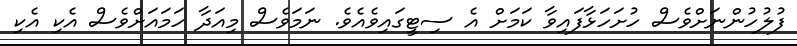
ފުލުހުންނަށްވެސް ހުށަހަޅާފައިވާ ކަމަށް އެ ސިޓީގައިވެއެވެ. ނަމަވެސް މިއަދާ ހަމައަށްވެސް އެކި އެކި